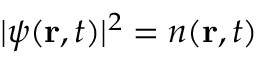
| \psi ( \mathbf { r } , t ) | ^ { 2 } = n ( \mathbf { r } , t )